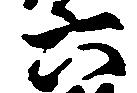
六